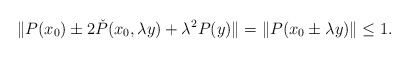
\begin{align*}\| P(x_0)\pm 2\check{P}(x_0, \lambda y) + \lambda^2 P(y) \| = \|P(x_0\pm \lambda y)\|\leq 1.\end{align*}